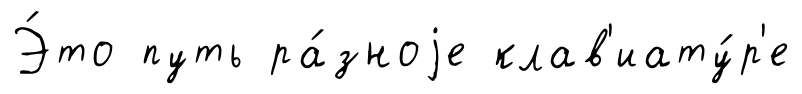
Э́то путь ра́зноjе клав'иату́р'е